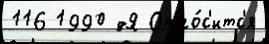
116 1990 дЯ Отно́с'итс'я